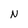
Character: N